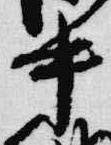
中